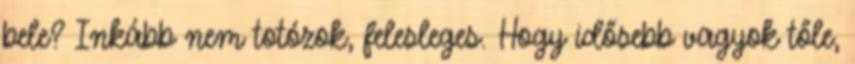
bele? Inkább nem totózok, felesleges. Hogy idősebb vagyok tőle,